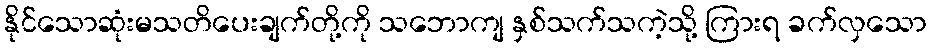
နိုင်သောဆုံးမသတိပေးချက်တို့ကို သဘောကျ နှစ်သက်သကဲ့သို့ ကြားရ ခက်လှသော